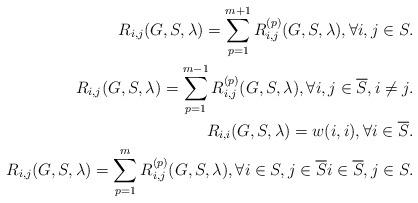
LaTeX: \begin{align*}R_{i,j}(G,S,\lambda)=\sum_{p=1}^{m+1}R_{i,j}^{(p)}(G,S,\lambda),\forall i,j\in S.\\R_{i,j}(G,S,\lambda)=\sum_{p=1}^{m-1}R_{i,j}^{(p)}(G,S,\lambda),\forall i,j\in\overline{S},i\neq j.\\R_{i,i}(G,S,\lambda)=w(i,i),\forall i\in\overline{S}.\\R_{i,j}(G,S,\lambda)=\sum_{p=1}^mR_{i,j}^{(p)}(G,S,\lambda),\forall i\in S, j\in\overline{S}i\in\overline{S}, j\in S.\end{align*}